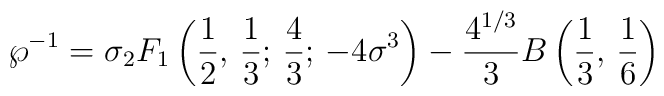
\wp^{-1}=\sigma{_{2}F_{1}}\left({1\over2},\,{1\over3};\,{4\over3};\,-4\sigma^3\right)-{{4^{1/3}}\over3}B\left({1\over3},\,{1\over6}\right)